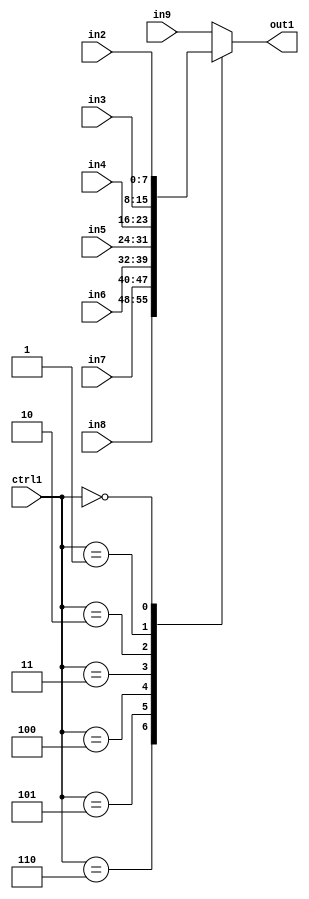
`timescale 1ps / 1ps
/*****************************************************************************
    Verilog RTL Description
    
    
    Created by: Stratus DpOpt 2019.1.04 
*******************************************************************************/

module fir_N_Mux_8_8_12_4 (
	in9,
	in8,
	in7,
	in6,
	in5,
	in4,
	in3,
	in2,
	ctrl1,
	out1
	); /* architecture "behavioural" */ 
input [7:0] in9,
	in8,
	in7,
	in6,
	in5,
	in4,
	in3,
	in2;
input [2:0] ctrl1;
output [7:0] out1;
wire [7:0] asc001;

reg [7:0] asc001_tmp_0;
assign asc001 = asc001_tmp_0;
always @ (ctrl1 or in8 or in7 or in6 or in5 or in4 or in3 or in2 or in9) begin
	case (ctrl1)
		3'B110 : asc001_tmp_0 = in8 ;
		3'B101 : asc001_tmp_0 = in7 ;
		3'B100 : asc001_tmp_0 = in6 ;
		3'B011 : asc001_tmp_0 = in5 ;
		3'B010 : asc001_tmp_0 = in4 ;
		3'B001 : asc001_tmp_0 = in3 ;
		3'B000 : asc001_tmp_0 = in2 ;
		default : asc001_tmp_0 = in9 ;
	endcase
end

assign out1 = asc001;
endmodule

/* CADENCE  vbXxSQs= : u9/ySgnWtBlWxVbRXgAU4eg= ** DO NOT EDIT THIS LINE ******/